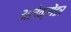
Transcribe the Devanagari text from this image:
अलेक्सेंडर